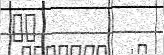
١٦